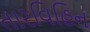
તારવિહિન